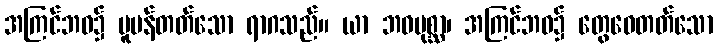
အကြင်ဘဝ၌ ပူပန်တတ်သော ရာဂသည်။ ယာ ဘဝမုစ္ဆာ၊ အကြင်ဘဝ၌ တွေဝေတတ်သော